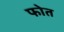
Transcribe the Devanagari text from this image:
फोत